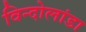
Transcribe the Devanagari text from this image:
विन्दोलांडा